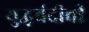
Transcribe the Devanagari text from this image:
युद्धबंदीची